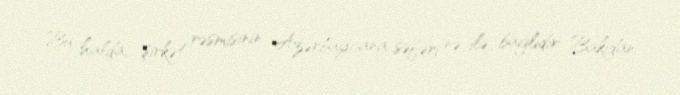
Bu halda, şirkət rəsmisinin Azərbaycana səfəri nə ilə bağlıdır: Bakıdan